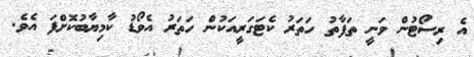
އެ ރިސޯޓުން ވަނީ ތަފާތު ހަތަރު ކެޓަގަރީއަކުން ހަތަރު އެވޯޑު ކާމިޔާބުކޮށްފަ އެވެ.